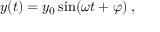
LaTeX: y ( t ) = y _ { 0 } \sin ( \omega t + \varphi ) \; ,